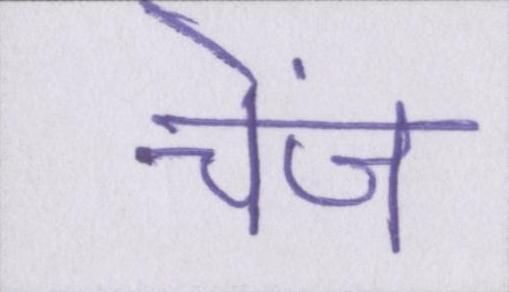
चेंज